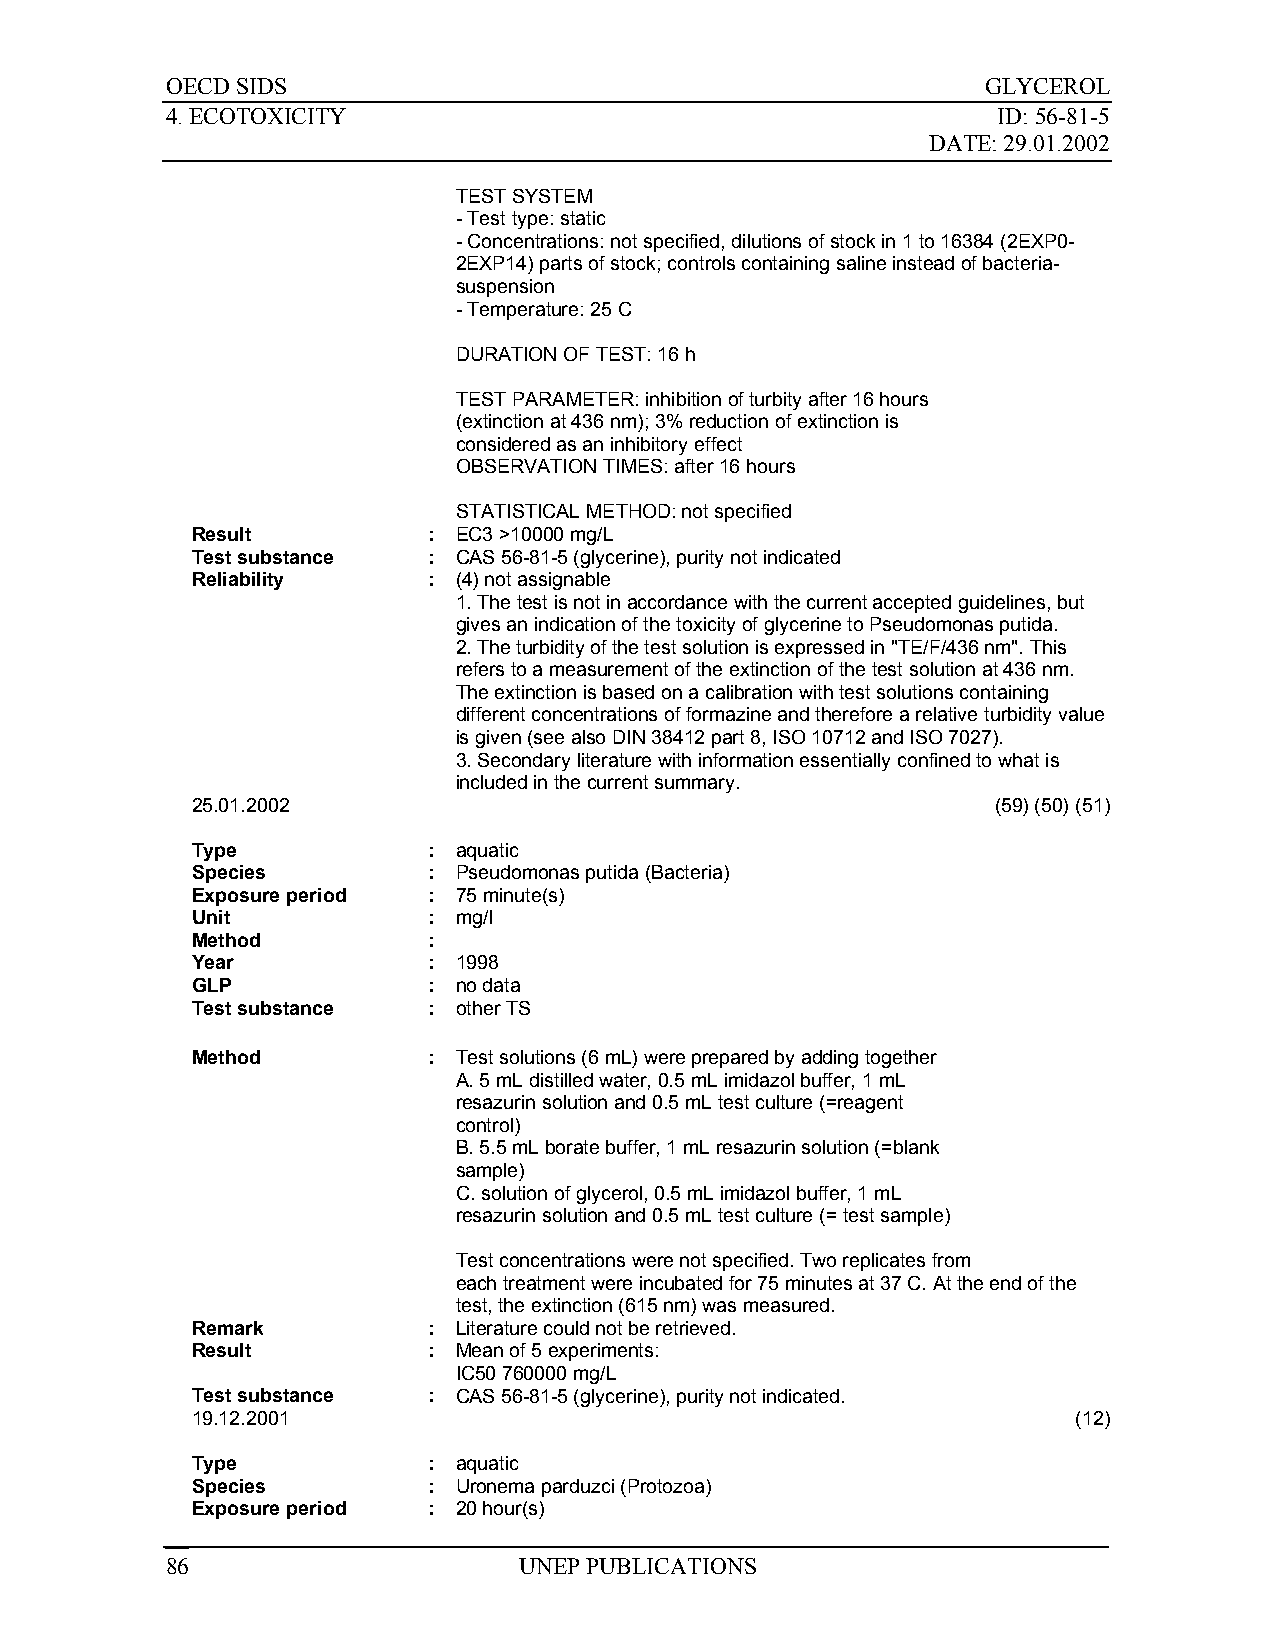
OECD SIDS                                             GLYCEROL
 4. ECOTOXICITY                                         ID: 56-81-5
 DATE: 29.01.2002
 TEST SYSTEM
 - Test type: static
 - Concentrations: not specified, dilutions of stock in 1 to 16384 (2EXP0-
 2EXP14) parts of stock; controls containing saline instead of bacteria-
 suspension
 - Temperature: 25 C
 DURATION OF TEST: 16 h
 TEST PARAMETER: inhibition of turbity after 16 hours
 (extinction at 436 nm); 3% reduction of extinction is
 considered as an inhibitory effect
 OBSERVATION TIMES: after 16 hours
 STATISTICAL METHOD: not specified
 Result         : EC3 >10000 mg/L
 Test substance : CAS 56-81-5 (glycerine), purity not indicated
 Reliability    : (4) not assignable
 1. The test is not in accordance with the current accepted guidelines, but
 gives an indication of the toxicity of glycerine to Pseudomonas putida.
 2. The turbidity of the test solution is expressed in "TE/F/436 nm". This
 refers to a measurement of the extinction of the test solution at 436 nm.
 The extinction is based on a calibration with test solutions containing
 different concentrations of formazine and therefore a relative turbidity value
 is given (see also DIN 38412 part 8, ISO 10712 and ISO 7027).
 3. Secondary literature with information essentially confined to what is
 included in the current summary.
 25.01.2002                                           (59) (50) (51)
 Type           : aquatic
 Species        : Pseudomonas putida (Bacteria)
 Exposure period : 75 minute(s)
 Unit           : mg/l
 Method         :
 Year           : 1998
 GLP            : no data
 Test substance : other TS
 Method         : Test solutions (6 mL) were prepared by adding together
 A. 5 mL distilled water, 0.5 mL imidazol buffer, 1 mL
 resazurin solution and 0.5 mL test culture (=reagent
 control)
 B. 5.5 mL borate buffer, 1 mL resazurin solution (=blank
 sample)
 C. solution of glycerol, 0.5 mL imidazol buffer, 1 mL
 resazurin solution and 0.5 mL test culture (= test sample)
 Test concentrations were not specified. Two replicates from
 each treatment were incubated for 75 minutes at 37 C. At the end of the
 test, the extinction (615 nm) was measured.
 Remark         : Literature could not be retrieved.
 Result         : Mean of 5 experiments:
 IC50 760000 mg/L
 Test substance : CAS 56-81-5 (glycerine), purity not indicated.
 19.12.2001                                                (12)
 Type           : aquatic
 Species        : Uronema parduzci (Protozoa)
 Exposure period : 20 hour(s)
 86                     UNEP PUBLICATIONS